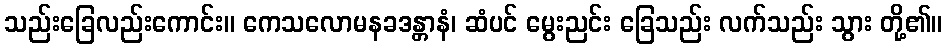
သည်းခြေလည်းကောင်း။ ကေသလောမနခဒန္တာနံ၊ ဆံပင် မွေးညင်း ခြေသည်း လက်သည်း သွား တို့၏။